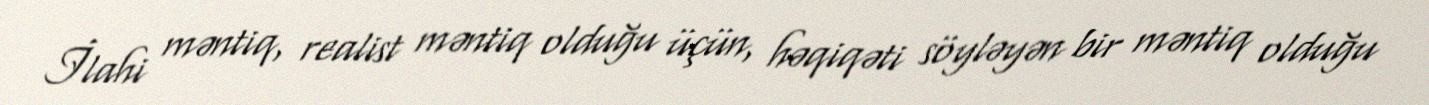
İlahi məntiq, realist məntiq olduğu üçün, həqiqəti söyləyən bir məntiq olduğu